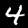
Label: 4